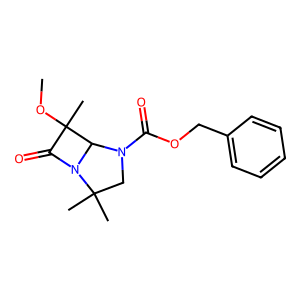
SMILES: COC1(C)C(=O)N2C1N(C(=O)OCc1ccccc1)CC2(C)C
Inhibits HIV replication: No